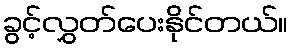
ခွင့်လွှတ်ပေးနိုင်တယ်။